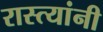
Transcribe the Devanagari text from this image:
रास्त्यांनी